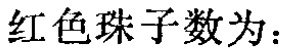
红色珠子数为：